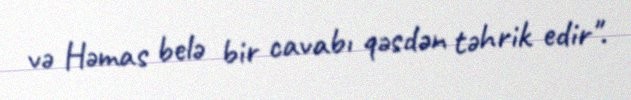
və Həmas belə bir cavabı qəsdən təhrik edir".